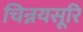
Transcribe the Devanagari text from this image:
चिन्नयसूरि